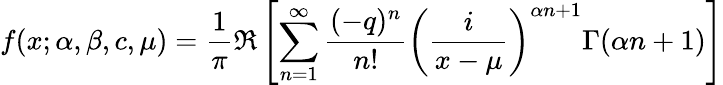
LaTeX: f(x;\alpha,\beta,c,\mu)={\frac{1}{\pi}}\Re\left[\sum_{n=1}^{\infty}{\frac{(-q)^{n}}{n!}}\left({\frac{i}{x-\mu}}\right)^{\alpha n+1}\Gamma(\alpha n+1)\right]